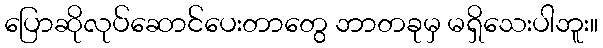
ပြောဆိုလုပ်ဆောင်ပေးတာတွေ ဘာတခုမှ မရှိသေးပါဘူး။